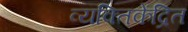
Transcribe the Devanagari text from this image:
व्यक्तिकेंद्रित